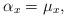
LaTeX: \begin{align*}\alpha_x=\mu_x,\end{align*}